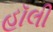
હૉલી